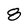
Character: 8